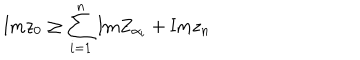
\mathrm { I m } z _ { 0 } \geq \sum _ { i = 1 } ^ { n } \mathrm { I m } Z _ { \alpha _ { i } } + \mathrm { I m } z _ { n }